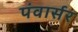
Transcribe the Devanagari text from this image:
पंवार्सर